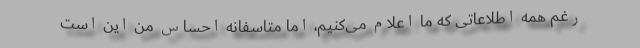
رغم همه اطلاعاتی که ما اعلام می‌کنیم، اما متاسفانه احساس من این است